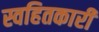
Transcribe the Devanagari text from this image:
स्वहितकारी